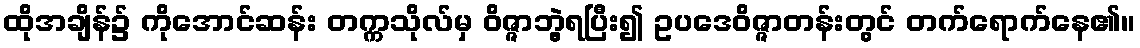
ထိုအချိန်၌ ကိုအောင်ဆန်း တက္ကသိုလ်မှ ဝိဇ္ဇာဘွဲ့ရပြီး၍ ဥပဒေဝိဇ္ဇာတန်းတွင် တက်ရောက်နေ၏။